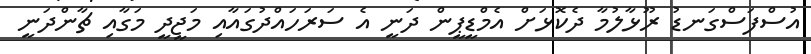
އުސްފަސްގަނޑު ރޫޅާލުމާ ދެކޮޅަށް އެމްޑީޕީން ދަނީ އެ ސަރަހައްދުގައާއި މަޖީދީ މަގާއި ޗާންދަނީ